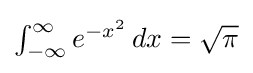
{\textstyle \int _{-\infty }^{\infty }e^{-x^{2}}\,dx={\sqrt {\pi }}}